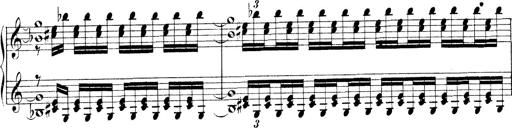
Title: Technische Studien
Composer: Franz Liszt